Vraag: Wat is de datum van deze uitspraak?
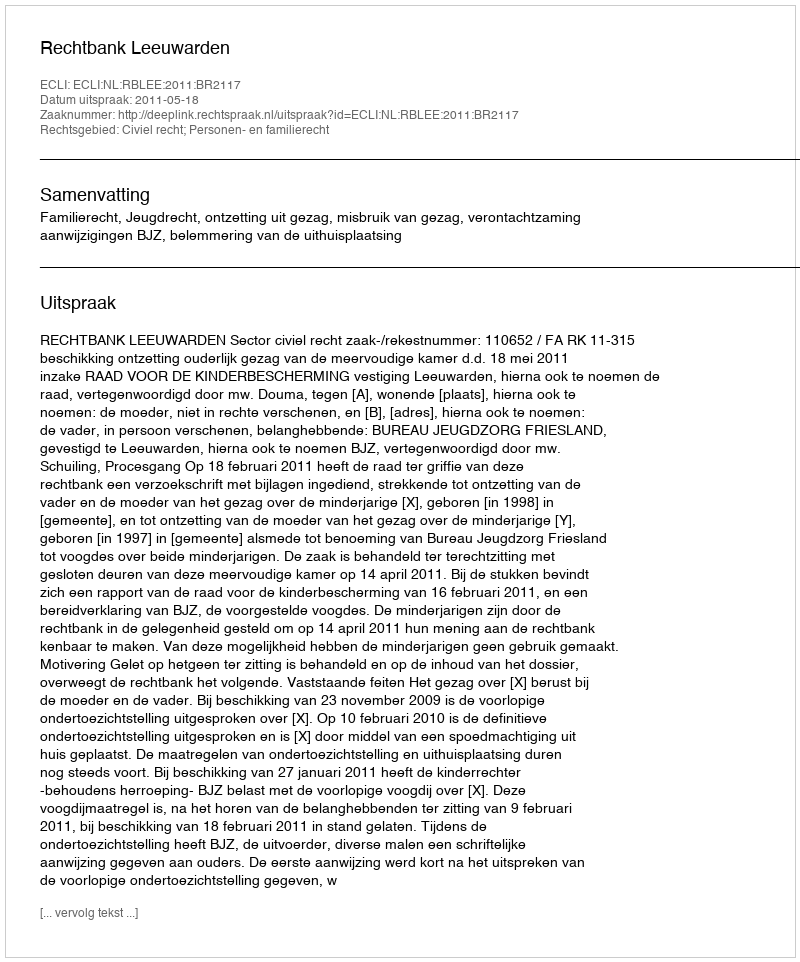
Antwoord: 2011-05-18